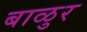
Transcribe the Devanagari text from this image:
बाळुर